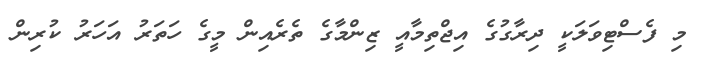
މި ފެސްޓިވަލަކީ ދިރާގުގެ އިޖްތިމާއީ ޒިންމާގެ ތެރެއިން މީގެ ހަތަރު އަހަރު ކުރިން